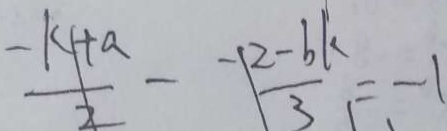
\frac { - k + a } { 2 } - \frac { - 2 - b k } { 3 } = - 1